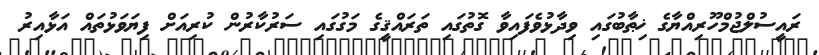
ރައީސުލްޖުމްހޫރިއްޔާގެ ޚިޠާބުގައި ވިދާޅުވެފައިވާ ގޮތުގައި ތަރައްޤީގެ މަގުގައި ސަރުކާރުން ކުރިއަށް ފިޔަވަޅުތައް އަޅާއިރު